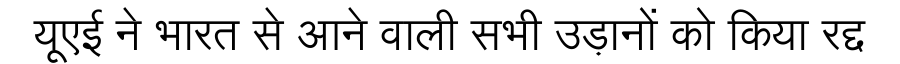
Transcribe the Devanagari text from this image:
यूएई ने भारत से आने वाली सभी उड़ानों को किया रद्द